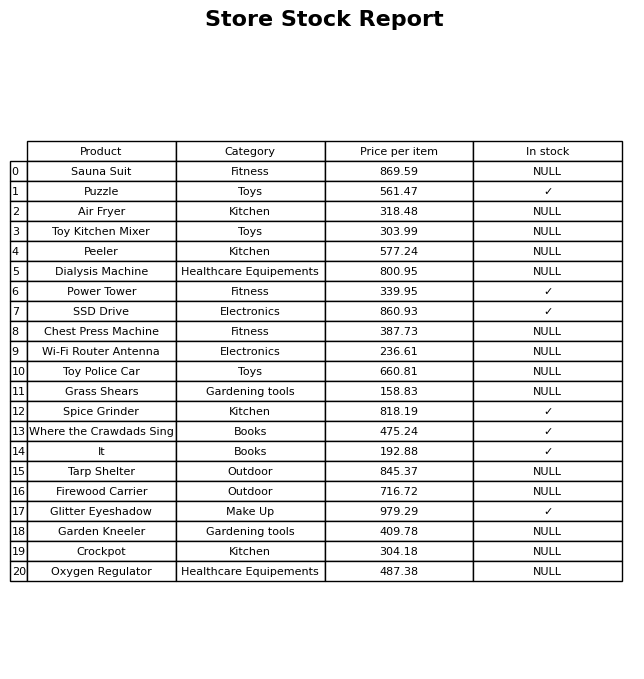
question: What is the stock status of the Grass Shears?
answer: NULL